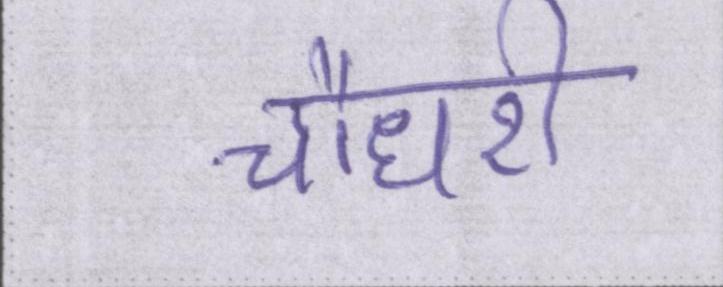
चौधरी